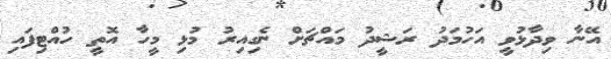
އޭނާ ވިދާޅުވީ އަހުމަދު ރަޝީދު މައްޗަށް ނެގިއިރު މުޅި މީހާ އޮތީ ހުއްޓިފައި